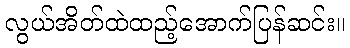
လွယ်အိတ်ထဲထည့်အောက်ပြန်ဆင်း။